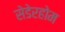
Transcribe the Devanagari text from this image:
सेडेरहोम